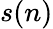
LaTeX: s(n)